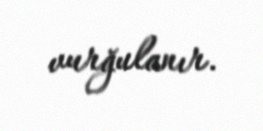
vurğulanır.